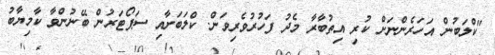
"ކްލަބުން އަހަރެންނަށް ކުރި އިތުބާރާ މެދު ފަހުރުވެރިވަން. ކްލަބަށާއި ސަޕޯޓަރުން ބޭނުންވާ ކާމިޔާބު